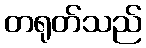
တရုတ်သည်